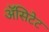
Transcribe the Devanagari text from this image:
ॲसिटेट